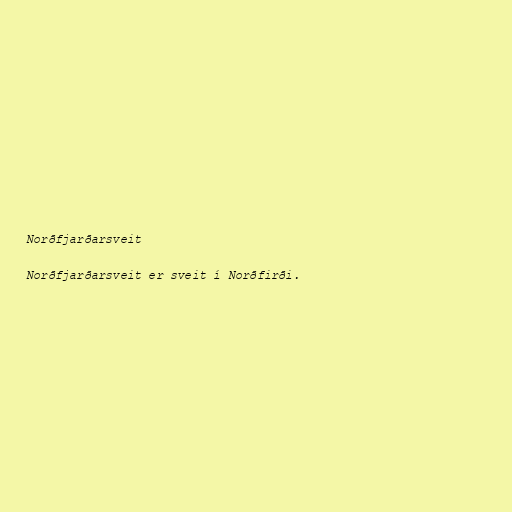
Norðfjarðarsveit

Norðfjarðarsveit er sveit í Norðfirði.